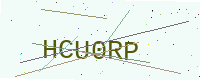
Text: HCU0RP